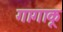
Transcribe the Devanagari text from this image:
गागाकू